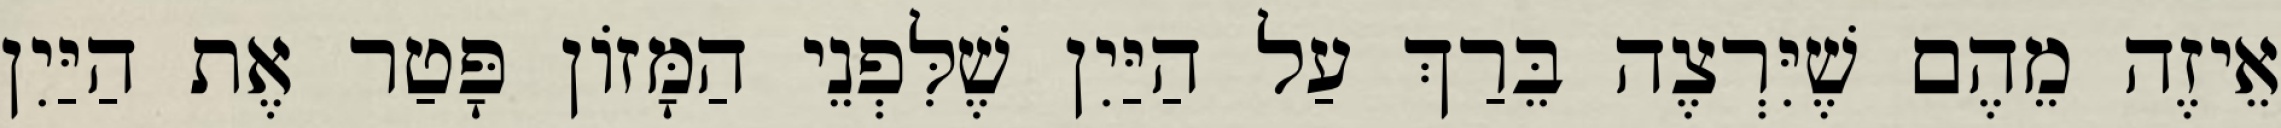
אֵיזֶה מֵהֶם שֶׁיִּרְצֶה בֵּרַךְ עַל הַיַּיִן שֶׁלִּפְנֵי הַמָּזוֹן פָּטַר אֶת הַיַּיִן